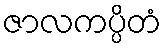
ဇာလကပ္ပိတံ